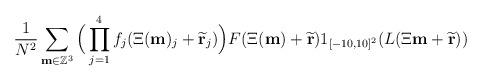
LaTeX: \begin{align*}\frac{1}{N^2} \sum\limits_{\mathbf{m} \in \mathbb{Z}^3 } \Big( \prod\limits_{j=1}^4 f_j(\Xi(\mathbf{m})_j+ \widetilde{\mathbf{r}}_j) \Big) F(\Xi(\mathbf{m}) + \widetilde{\mathbf{r}})1_{[-10,10]^2}(L(\Xi\mathbf{m} + \widetilde{\mathbf{r}}))\end{align*}